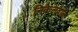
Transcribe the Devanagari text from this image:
निकेलवाले